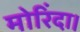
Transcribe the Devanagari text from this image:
मोरिंदा।